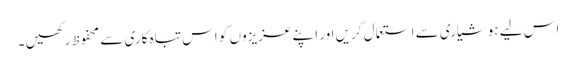
اس لیے ہوشیاری سے استعمال کریں اور اپنے عزیزوں کو اس تباہ کاری سے محفوظ رکھیں ۔